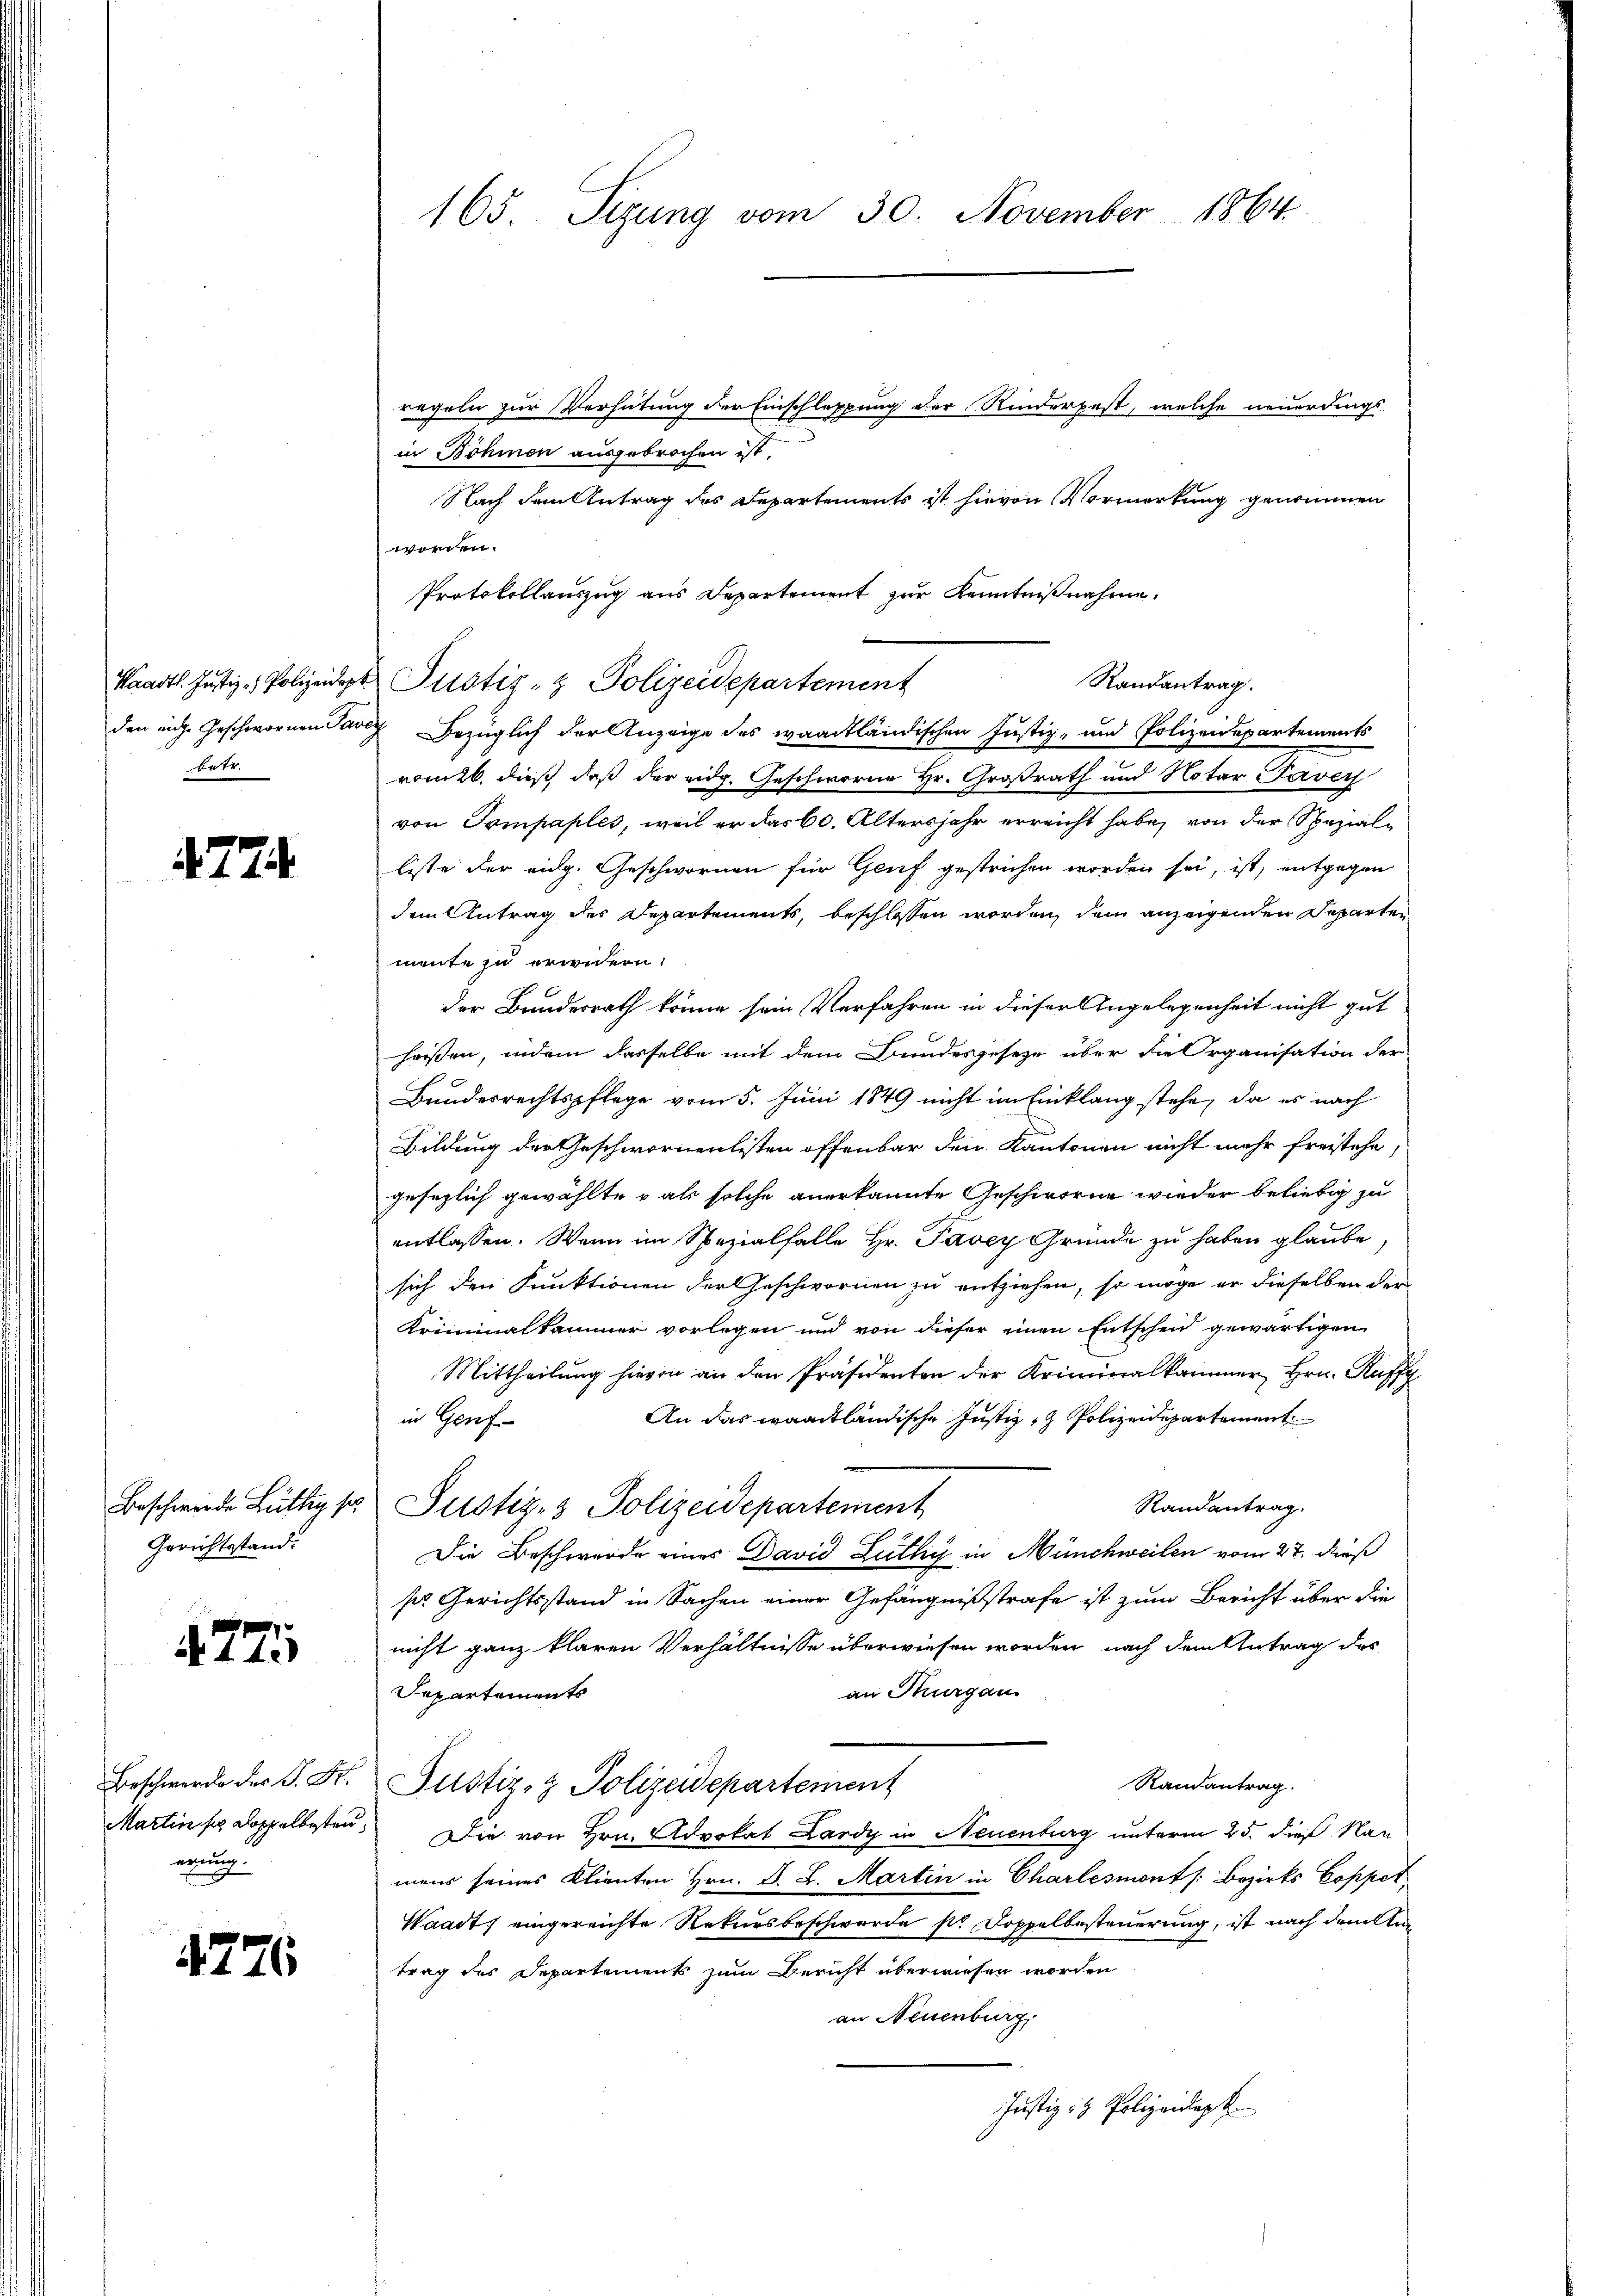
betr.

4774.

Beschwerde Lüthy so
Gerichtsstand:

4775

Beschwerde der P. Fr.
Martin so doppelbesten.
erung.

4276

165. Sizung vom 30. November 1864.

regeln zur Verhütung der Einschleppung der Rinderpest, welche neuerdings
in Böhmen ausgebrochen ist.
Nach dem Antrag des Departements ist hievon Vormerkung genommen
werden.
Protokollauszug aus Departement zur Kenntnißnahme.
Waadt. Justiz - Polizeidet Pustiz- & Polizeidepartement
den eige Geschwornen dann bezüglich der Anzeige des waadtländischen Justiz- und Polizeidepartements
vom 26. dieß daß der eidg. Geschworne Hr. Großrath und Notar Taver
von Tompaples, weil er das 60. Altersjahr erreicht habe, von der Speziale
liste der eidg. Geschwornen für Genf gestrichen worden sei, ist, entgegen
dem Antrag des Departements, beschlossen worden, dem anzeigenden Departen
mente zu erwidern:
der Bundesrath könne sein Verfahren in dieser Angelegenheit nicht gut
heißen, indem dasselbe mit dem Bundesgeseze über die Organisation der
Bundesrechtspflege vom 5. Juni 1849 nicht im Einklang stehe, da es nach
Bildung der Geschwornenlisten offenbar den Kantonen nicht mehr freistehe,
gesezlich gewählte & als solche anerkannte Geschworne wieder beliebig zu
entlassen. Wenn im Spezialfalle Hr. Pavey Gründe zu haben glaube,
sich den Funktionen der Geschwornen zu entziehen, so möge er dieselben der
Kriminalkammer vorlegen und von dieser einen Entscheid gewärtigen
Mittheilŭng hievon an den Präsidenten der Kriminalkammer, Hrn. Raff
An das waadtländische Justiz- & Polizeidepartement
in Genf
Randantrag.
Justiz- & Polizeidepartement
Die Beschwerde eines David Lüthy in Münchweilen vom 27. dieß
sie Gerichtsstand in Sachen einer Gefängnißstrafe ist zum Bericht über die
nicht ganz klaren Verhältnisse überwiesen worden, nach dem Antrag des
an Thurgau
Separtements
Randantrag.
Justiz- & Polizeidepartement
 Die von Hrn. Advokat Lardy in Neuenburg unterm 25. dieß Nau
mens seines Klienten Hrn. F. L. Martin in Charlesmont /: Bezirks Coppet
Waadt, eingereichte Rekursbeschwerde sr Doppelbesteuerung, ist nach damita
trag des Departements zum Bericht überwiesen worden
an Neuenburg,
Justiz- & Polizeidigk

Randantrag.